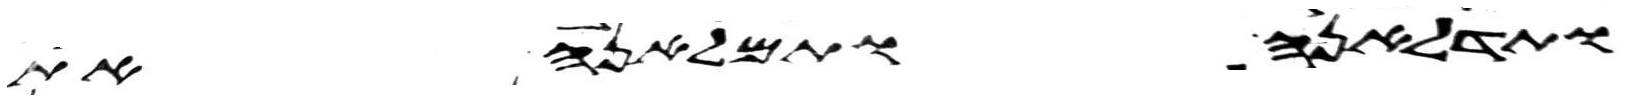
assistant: ותדלאנה ותמלאנה את